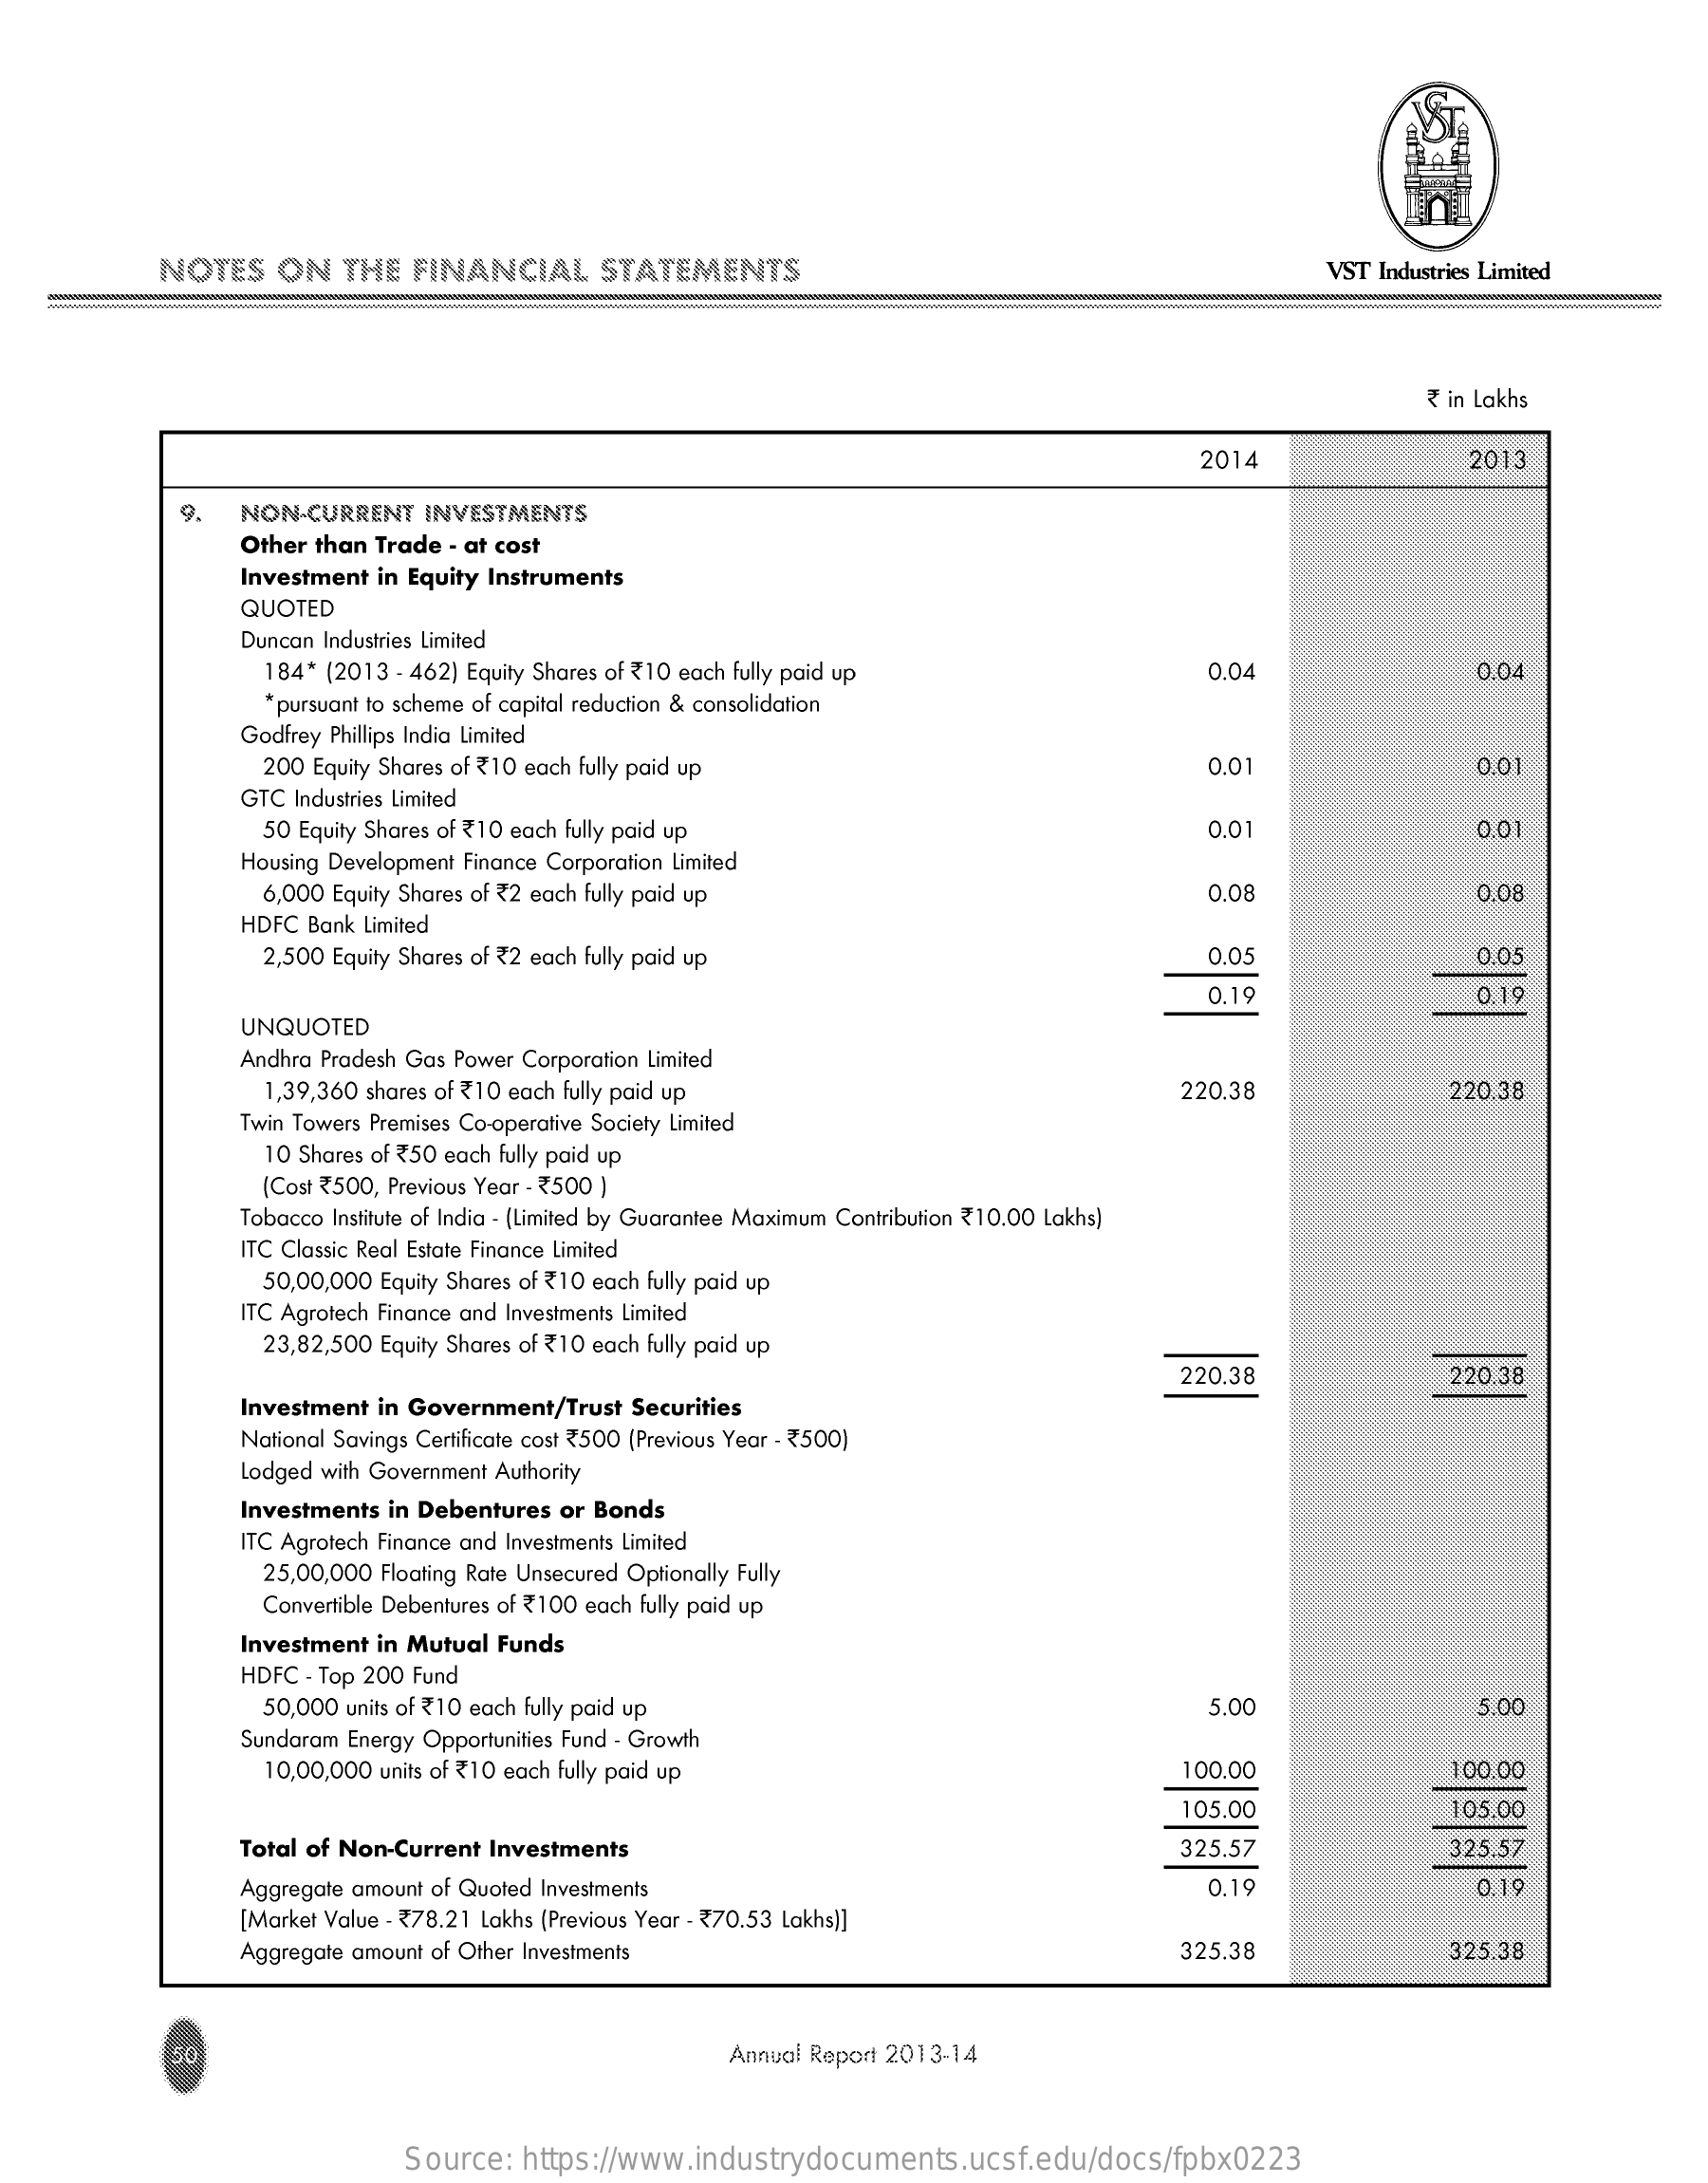
NOTES    ON   THE   FINANCIAL    STATEMENTS    VST Industries Limited
     ₹ in Lakhs
     2014    2013
     9.   NON-CURRENT    INVESTMENTS
     Other than Trade - at cost
     Investment in Equity Instruments
     QUOTED
     Duncan Industries Limited
     184* (2013 - 462] Equity Shares of ₹ 10 each fully paid up    0.04    0.04
     *pursuant to scheme of capital reduction & consolidation
     Godfrey Phillips India Limited
     200 Equity Shares of ₹ 10 each fully paid up    0.01    0.01
     GTC Industries Limited
     50 Equity Shares of ₹ 10 each fully paid up    0.01    0.01
     Housing Development Finance Corporation Limited
     6,000 Equity Shares of <2 each fully paid up    0.08    0.08
     HDFC Bank Limited
     2,500 Equity Shares of ₹ 2 each fully paid up    0.05    0.05
     0.19    0.19
     UNQUOTED
     Andhra Pradesh Gas Power Corporation Limited
     1,39,360 shares of ₹ 10 each fully paid up    220.38    220.38
     Twin Towers Premises Co-operative Society Limited
     10 Shares of ₹ 50 each fully paid up
     (Cost ₹ 500, Previous Year - ₹ 500 )
     Tobacco Institute of India - (Limited by Guarantee Maximum Contribution ₹ 10.00 Lakhs)
     ITC Classic Real Estate Finance Limited
     50,00,000 Equity Shares of <10 each fully paid up
     ITC Agrotech Finance and Investments Limited
     23,82,500 Equity Shares of ₹ 10 each fully paid up
     220.38    220.38
     Investment in Government/Trust   Securities
     National Savings Certificate cost ₹ 500 (Previous Year - ₹ 500)
     Lodged with Government Authority
     Investments in Debentures  or Bonds
     ITC Agrotech Finance and Investments Limited
     25,00,000 Floating Rate Unsecured Optionally Fully
     Convertible Debentures of ₹ 100 each fully paid up
     Investment in Mutual  Funds
     HDFC - Top 200 Fund
     50,000 units of ₹ 10 each fully paid up    5.00    5.00
     Sundaram Energy Opportunities Fund - Growth
     10,00,000 units of ₹ 10 each fully paid up    100.00    100.00
     105.00    105.00
     Total of Non-Current Investments    325.57    325.57
     Aggregate amount of Quoted Investments    0,19    0.19
     [Market Value - 778.21 Lakhs (Previous Year - ₹ 70.53 Lakhs)]
     Aggregate amount of Other Investments    325.38    325.38
     50    Annual Report 2013-14
     Source:   https://www.industrydocuments.ucsf.edu/docs/fpbx0223